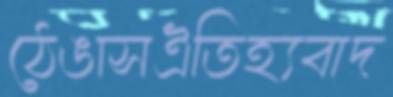
ঠেঙাসঐতিহ্যবাদ